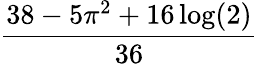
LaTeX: \frac{38-5\pi^{2}+16\log(2)}{36}